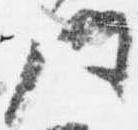
門